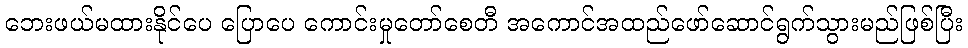
ဘေးဖယ်မထားနိုင်ပေ ပြောပေ ကောင်းမှုတော်စေတီ အကောင်အထည်ဖော်ဆောင်ရွက်သွားမည်ဖြစ်ပြီး